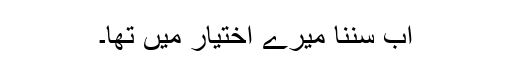
اب سننا میرے اختیار میں تھا۔